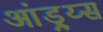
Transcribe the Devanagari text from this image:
आंड्र्य्स